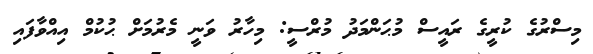
މިސްރުގެ ކުރީގެ ރައީސް މުޙަންމަދު މުރްސީ: މިހާރު ވަނީ މެރުމަށް ޙުކުމް އިއްވާފައި